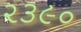
૨૩૯૦